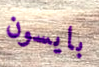
بايسون